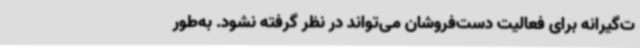
ت‌گیرانه برای فعالیت دست‌فروشان می‌تواند در نظر گرفته نشود. به‌طور